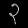
Digit: ၃